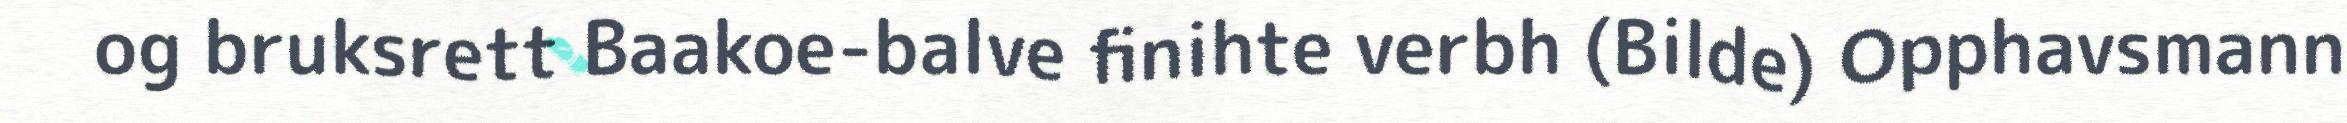
og bruksrett Baakoe-balve finihte verbh (Bilde) Opphavsmann